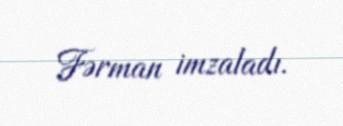
Fərman imzaladı.